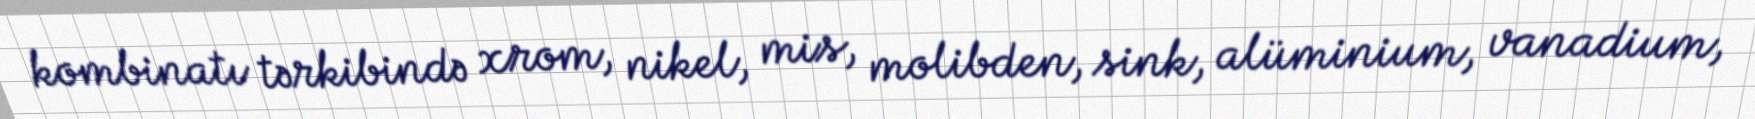
kombinatı tərkibində xrom, nikel, mis, molibden, sink, alüminium, vanadium,